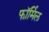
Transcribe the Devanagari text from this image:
फॉर्मिल